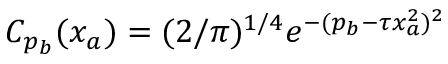
C _ { p _ { b } } ( x _ { a } ) = ( 2 / \pi ) ^ { 1 / 4 } e ^ { - ( p _ { b } - \tau x _ { a } ^ { 2 } ) ^ { 2 } }